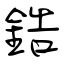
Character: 鋯